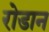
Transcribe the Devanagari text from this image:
रोडान